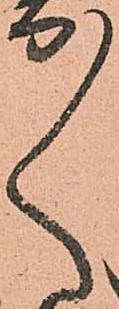
々